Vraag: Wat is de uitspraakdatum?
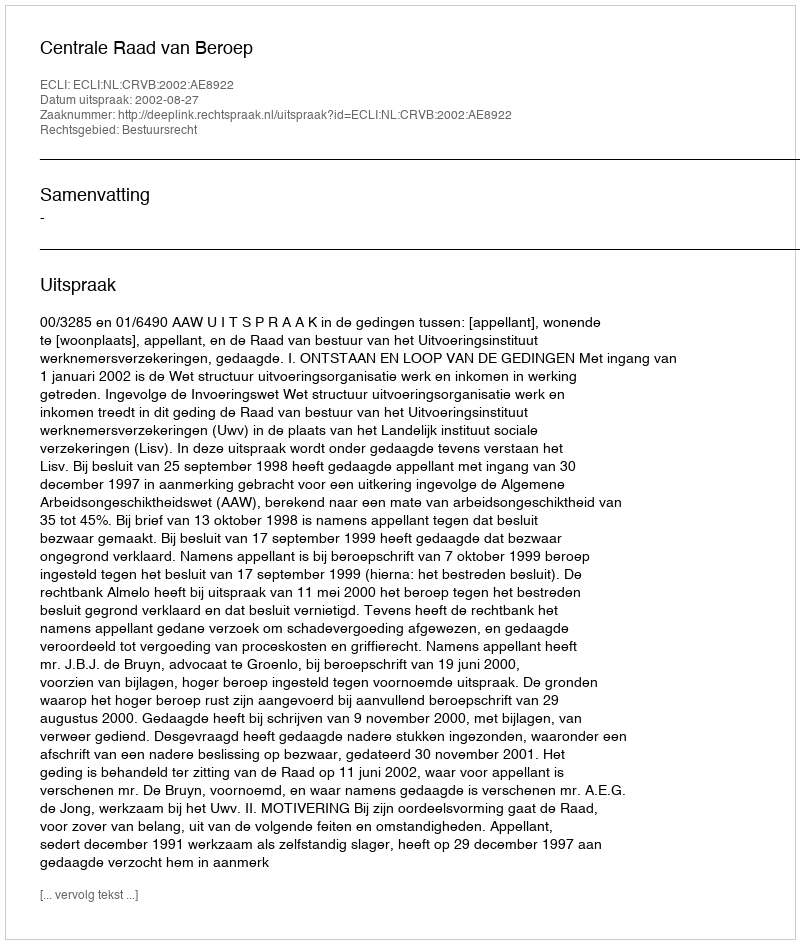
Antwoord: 2002-08-27